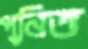
পুনিত